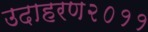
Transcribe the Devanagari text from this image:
उदाहरण२०११